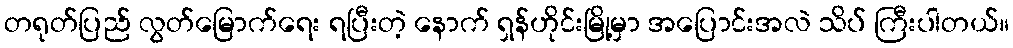
တရုတ်ပြည် လွတ်မြောက်ရေး ရပြီးတဲ့ နောက် ရှန်ဟိုင်းမြို့မှာ အပြောင်းအလဲ သိပ် ကြီးပါတယ်။